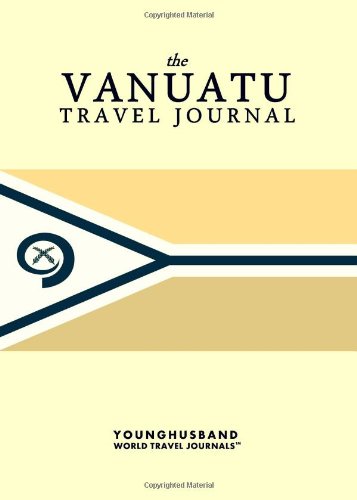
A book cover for The Vanuatu Travel Journal; Younghusband World Travel Journals; Travel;